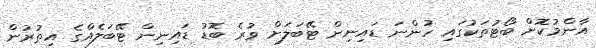
އާންމުކޮށް ބޯޓުތަކުގައި ހުންނަ ޑައިނިން ޓޭބަލަށް ވުރެ ބޮޑު ޑައިނިން ޓޭބަލެއްގެ އިތުރުން